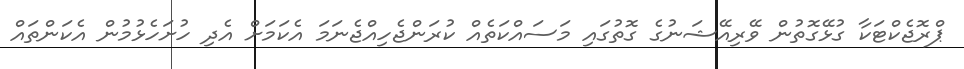
ޕްރޮޖެކްޓަކާ ގުޅޭގޮތުން ވޭރިއޭޝަނުގެ ގޮތުގައި މަސައްކަތެއް ކުރަންޖެހިއްޖެނަމަ އެކަމަށް އެދި ހުށަހެޅުމުން އެކަންތައް